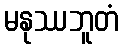
မနုဿဘူတံ